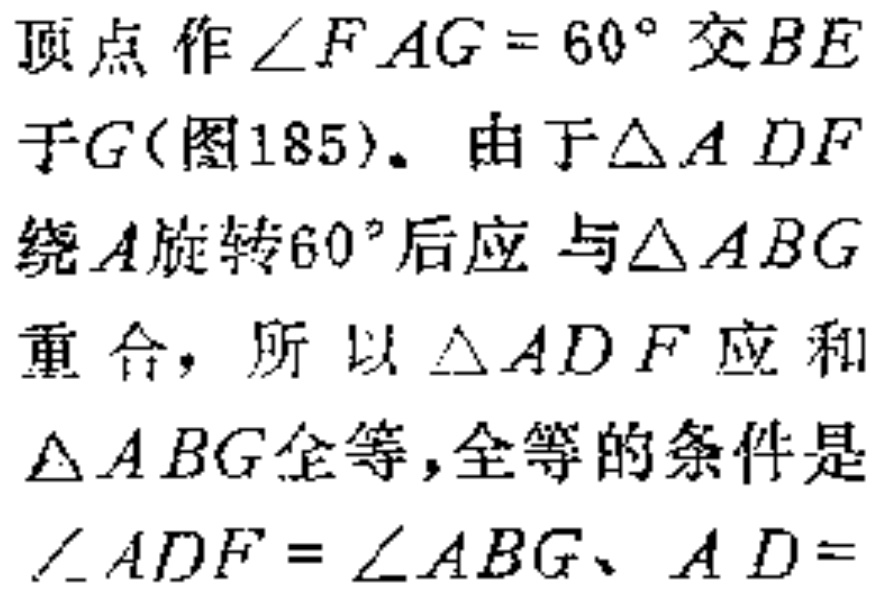
顶点作\(\angle FAG = 60^{\circ}\)交\(BE\)于\(G\)(图185)。由于\(\triangle ADF\)绕\(A\)旋转\(60^{\circ}\)后应与\(\triangle ABG\)重合，所以\(\triangle ADF\)应和\(\triangle ABG\)全等，全等的条件是\(\angle ADF=\angle ABG\)、\(AD =\)